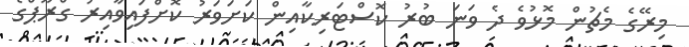
މިރޭގެ މެޗުން މޮޅުވެ ދެ ވަނަ ބުރު ކޮސްޓަރިކާއިން ކަށަވަރު ކޮށްފައިވާއިރު ގްރޫޕްގެ